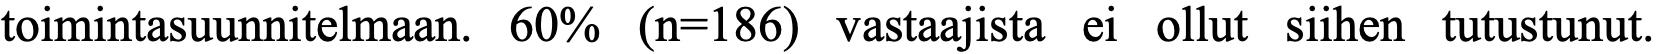
toimintasuunnitelmaan. 60% (n=186) vastaajista ei ollut siihen tutustunut.